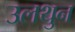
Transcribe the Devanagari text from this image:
उलथुन